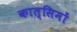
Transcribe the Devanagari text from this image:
कात्सिमों